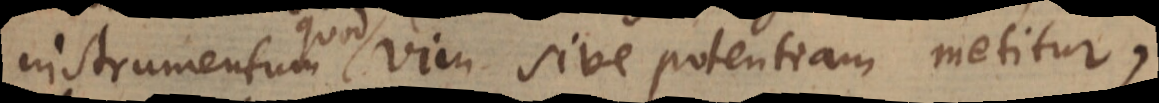
instrumentum quod vim sive potentiam metitur,